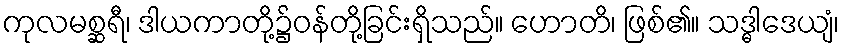
ကုလမစ္ဆရီ၊ ဒါယကာတို့၌ဝန်တို့ခြင်းရှိသည်။ ဟောတိ၊ ဖြစ်၏။ သဒ္ဓါဒေယျံ၊